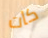
كات